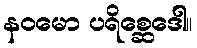
နဝမော ပရိစ္ဆေဒေါ။